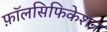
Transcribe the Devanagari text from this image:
फ़ॉलसिफिकेशन